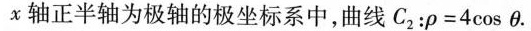
x 轴正半轴为极轴的极坐标系中，曲线 $$C _ { 2 } ：\rho = 4 \cos θ$$.